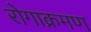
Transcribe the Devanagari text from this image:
रोगाक्रमण